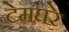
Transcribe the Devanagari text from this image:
टेमघरे